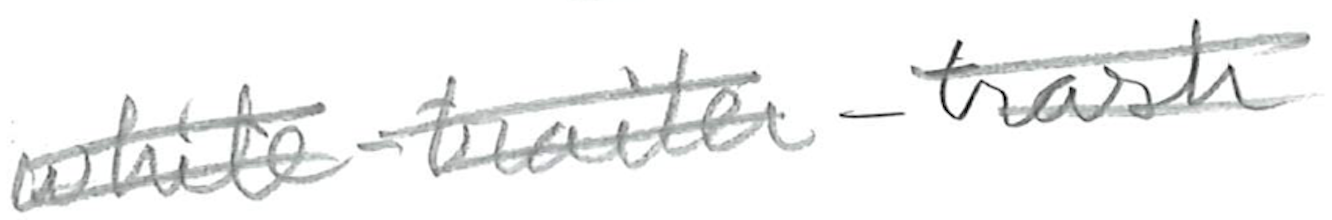
Text: white-trailer-trash
Cross-out: double-line
Writing tool: pencil